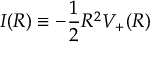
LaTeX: I ( R ) \equiv - { \frac { 1 } { 2 } } R ^ { 2 } V _ { + } ( R )